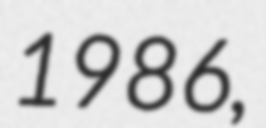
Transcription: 1986,